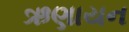
ઋણાયન